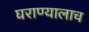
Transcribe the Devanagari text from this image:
घराण्यालाच